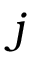
j